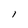
Character: l